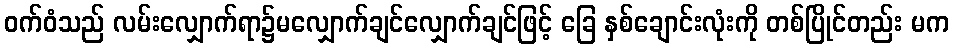
ဝက်ဝံသည် လမ်းလျှောက်ရာ၌မလျှောက်ချင်လျှောက်ချင်ဖြင့် ခြေ နှစ်ချောင်းလုံးကို တစ်ပြိုင်တည်း မက